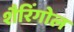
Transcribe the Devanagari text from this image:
शैरिंगोल